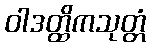
ဝါဒတ္ထိကသုတ္တံ